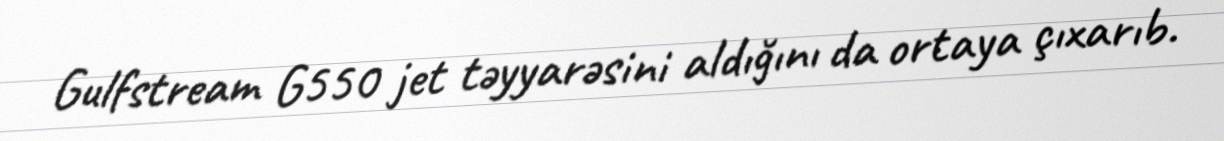
Gulfstream G550 jet təyyarəsini aldığını da ortaya çıxarıb.